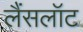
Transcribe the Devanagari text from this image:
लैंसलॉट